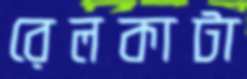
রেলকাটা